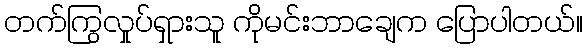
တက်ကြွလှုပ်ရှားသူ ကိုမင်းဘာချေက ပြောပါတယ်။